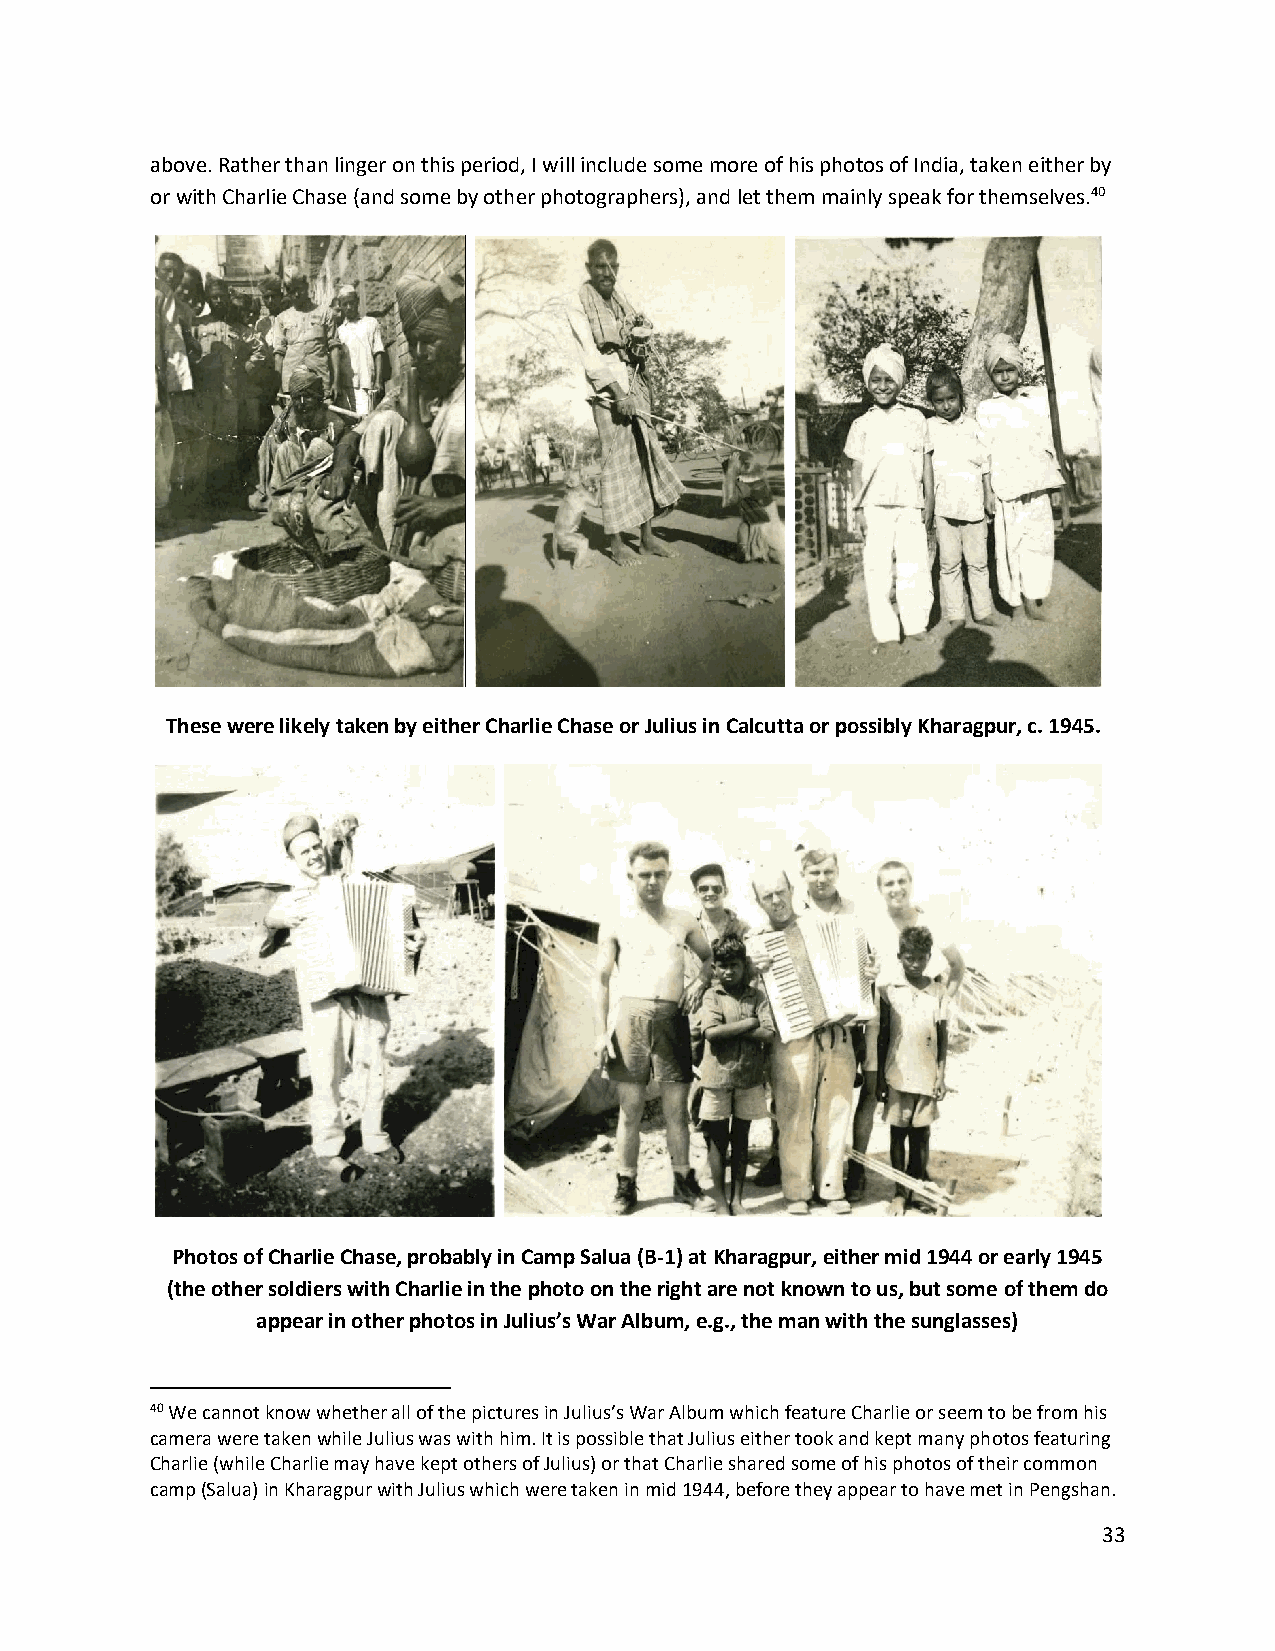
above. Rather than linger on this period, I will include some more of his photos of India, taken either by
 or with Charlie Chase (and some by other photographers), and let them mainly speak for themselves.40
 These were likely taken by either Charlie Chase or Julius in Calcutta or possibly Kharagpur, c. 1945.
 Photos of Charlie Chase, probably in Camp Salua (B-1) at Kharagpur, either mid 1944 or early 1945
 (the other soldiers with Charlie in the photo on the right are not known to us, but some of them do
 appear in other photos in Julius’s War Album, e.g., the man with the sunglasses)
 40 We cannot know whether all of the pictures in Julius’s War Album which feature Charlie or seem to be from his
 camera were taken while Julius was with him. It is possible that Julius either took and kept many photos featuring
 Charlie (while Charlie may have kept others of Julius) or that Charlie shared some of his photos of their common
 camp (Salua) in Kharagpur with Julius which were taken in mid 1944, before they appear to have met in Pengshan.
 33